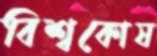
বিশ্বকোষ